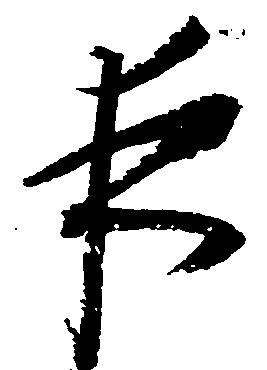
夜